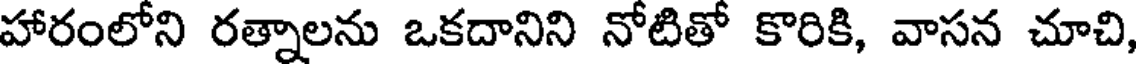
హారంలోని రత్నాలను ఒకదానిని నోటితో కొరికి, వాసన చూచి,